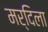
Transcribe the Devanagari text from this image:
मर्दिला